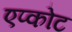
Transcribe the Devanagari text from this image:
एप्कोट